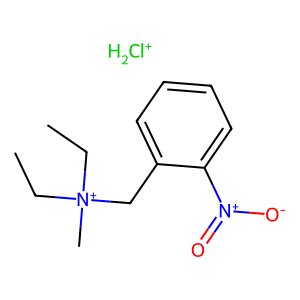
SMILES: CC[N+](C)(CC)Cc1ccccc1[N+](=O)[O-].[ClH2+]
Inhibits HIV replication: No